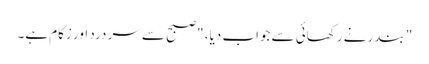
" بندر نے رکھائی سے جواب دیا، "صبح سے سر درد اور زکام ہے۔